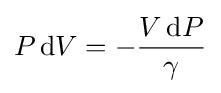
P\,\mathrm {d} V=-{\frac {V\,\mathrm {d} P}{\gamma }}